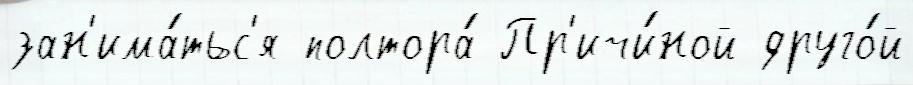
зан'има́тьс'я полтора́ Пр'ичи́ной друго́й